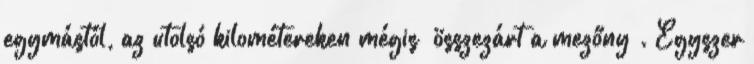
egymástól, az utolsó kilométereken mégis „összezárt a mezőny”. Egyszer